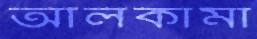
আলকামা